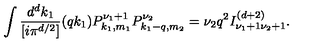
\int \frac { d ^ { d } k _ { 1 } } { [ i \pi ^ { d / 2 } ] } ( q k _ { 1 } ) P _ { k _ { 1 } , m _ { 1 } } ^ { \nu _ { 1 } + 1 } P _ { k _ { 1 } - q , m _ { 2 } } ^ { \nu _ { 2 } } = \nu _ { 2 } q ^ { 2 } I _ { \nu _ { 1 } + 1 \nu _ { 2 } + 1 } ^ { ( d + 2 ) } .